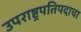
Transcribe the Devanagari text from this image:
उपराष्ट्रपतिपदाचा